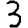
Digit: 3